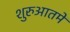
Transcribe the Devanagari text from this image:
शुरुआतमें